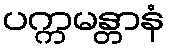
ပက္ကမန္တာနံ